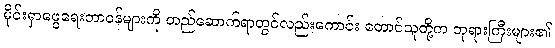
မိုင်းရှာဖွေရေးတာဝန်များကို တည်ဆောက်ရာတွင်လည်းကောင်း တောင်သူတို့က ဘုရားကြီးများ၏